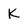
Character: K